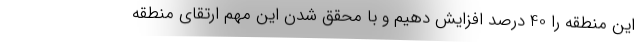
این منطقه را 40 درصد افزایش دهیم و با محقق شدن این مهم ارتقای منطقه